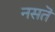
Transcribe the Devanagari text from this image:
नसतॆ